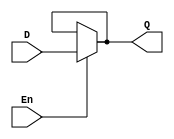
module level_sensitive_latch (D, Q, En);

  input D, En;
  output Q;

  assign Q = En ? D : Q;

endmodule